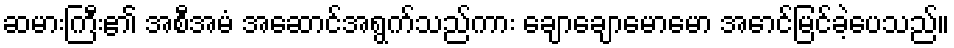
ဆမားကြီး၏ အစီအမံ အဆောင်အရွက်သည်ကား ချောချောမောမော အောင်မြင်ခဲ့ပေသည်။